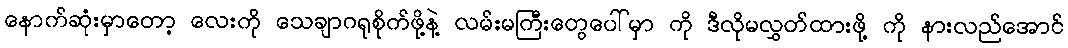
နောက်ဆုံးမှာတော့ လေးကို သေချာဂရုစိုက်ဖို့နဲ့ လမ်းမကြီးတွေပေါ်မှာ ကို ဒီလိုမလွှတ်ထားဖို့ ကို နားလည်အောင်